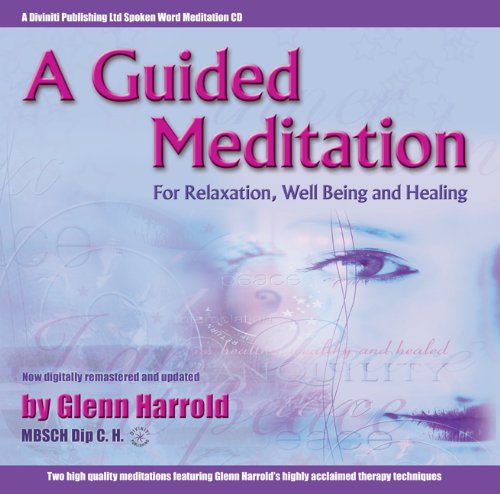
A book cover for A Guided Meditation for Relaxation, Well Being and Healing; Glenn Harrold; Self-Help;